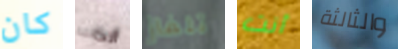
كان أنت تلفاز أنت والثالثة